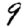
Digit: 9